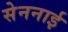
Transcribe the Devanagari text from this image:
सेननाई